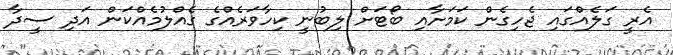
އެރީ ގަލެއްގައި ޖެހިގެން ކަމަށާއި ބޯޓަށް ލިބުނީ ކިހާވަރެއްގެ ގެއްލުމެއްކަން އަދި ސީދާ